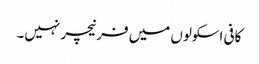
کافی اسکولوں میں فرنیچر نہیں۔